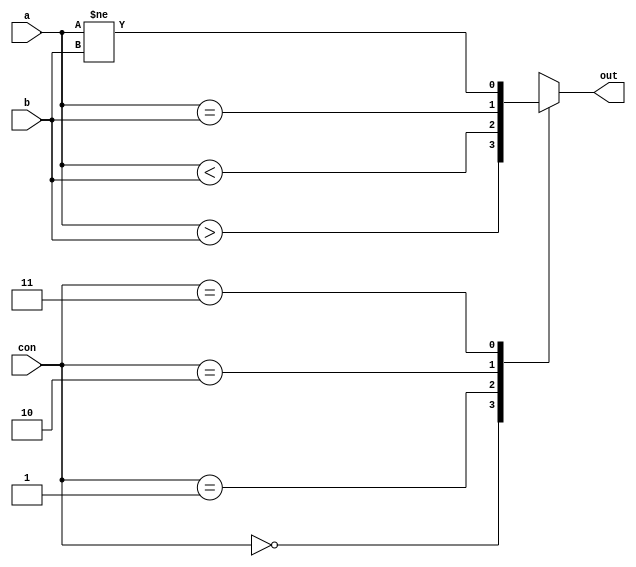
module comparator_block(input [31:0] a, b,  // Inputs
                        input [1:0] con,  // Condition code (0: Greater than, 1: Less than, 2: Equal, 3: Not equal)
                        output reg out);  // Comparator block output

  assign gt = (a > b);
  assign lt = (a < b);
  assign eq = (a == b);
  assign neq = (a != b);

  always @(*)
  begin
    case (con)
      2'b00: out = gt;
      2'b01: out = lt;
      2'b10: out = eq;
      2'b11: out = neq;
      default: out = 1'b0;
    endcase
  end

endmodule